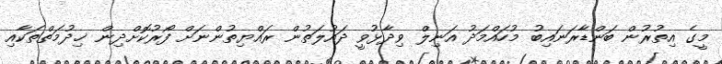
މީގެ އިތުރުން ބަންޑާރަނައިބު މުހައްމަދު އަނިލް ވިދާޅުވީ ދައުލަތުން ރައްޔިތުންނަށް ފޯރުކޮށްދިން ޚިދުމަތްތަކާއި